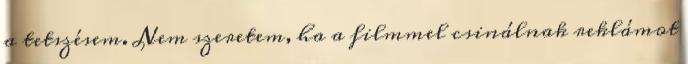
a tetszésem. Nem szeretem, ha a filmmel csinálnak reklámot